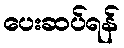
ပေးဆပ်ရန်